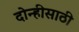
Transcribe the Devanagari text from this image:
दोन्हीसाठी